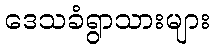
ဒေသခံရွာသားများ